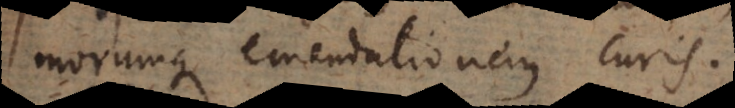
morumque emendationem curis.